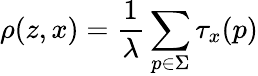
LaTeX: \rho(z,x)=\frac{1}{\lambda}\sum_{p\in\Sigma}\tau_{x}(p)